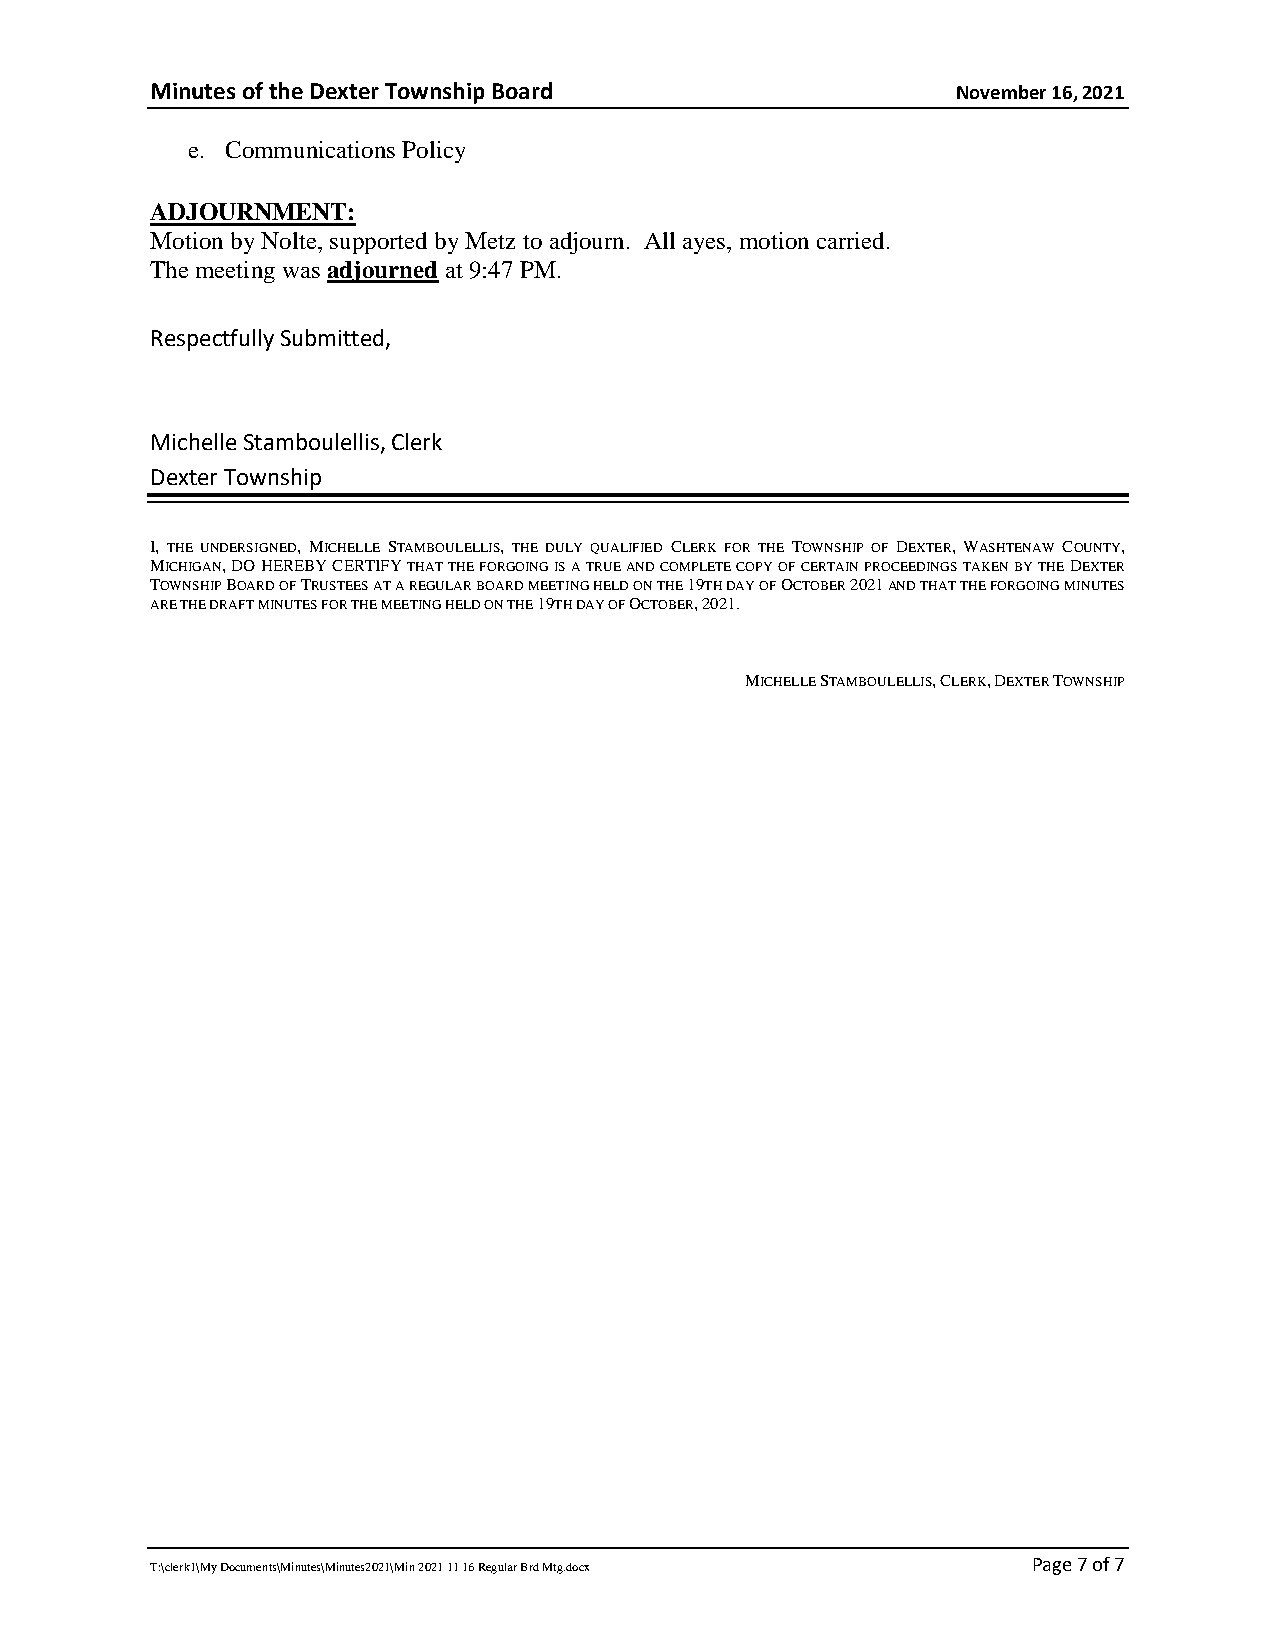
Minutes of the Dexter Township Board                 November 16, 2021
 e. Communications Policy
 ADJOURNMENT:
 Motion by Nolte, supported by Metz to adjourn. All ayes, motion carried.
 The meeting was adjourned at 9:47 PM.
 Respectfully Submitted,
 Michelle Stamboulellis, Clerk
 Dexter Township
 I, THE UNDERSIGNED, MICHELLE STAMBOULELLIS, THE DULY QUALIFIED CLERK FOR THE TOWNSHIP OF DEXTER, WASHTENAW COUNTY,
 MICHIGAN, DO HEREBY CERTIFY THAT THE FORGOING IS A TRUE AND COMPLETE COPY OF CERTAIN PROCEEDINGS TAKEN BY THE DEXTER
 TOWNSHIP BOARD OF TRUSTEES AT A REGULAR BOARD MEETING HELD ON THE 19TH DAY OF OCTOBER 2021 AND THAT THE FORGOING MINUTES
 ARE THE DRAFT MINUTES FOR THE MEETING HELD ON THE 19TH DAY OF OCTOBER, 2021.
 MICHELLE STAMBOULELLIS, CLERK, DEXTER TOWNSHIP
 T:\clerk1\My Documents\Minutes\Minutes2021\Min 2021 11 16 Regular Brd Mtg.docx Page 7 of 7